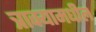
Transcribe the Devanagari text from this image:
त्राक्यामधील